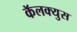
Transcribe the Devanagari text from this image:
कॅलक्युस